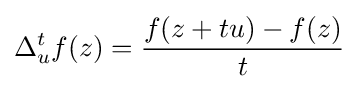
\Delta _{u}^{t}f(z)={f(z+tu)-f(z) \over t}